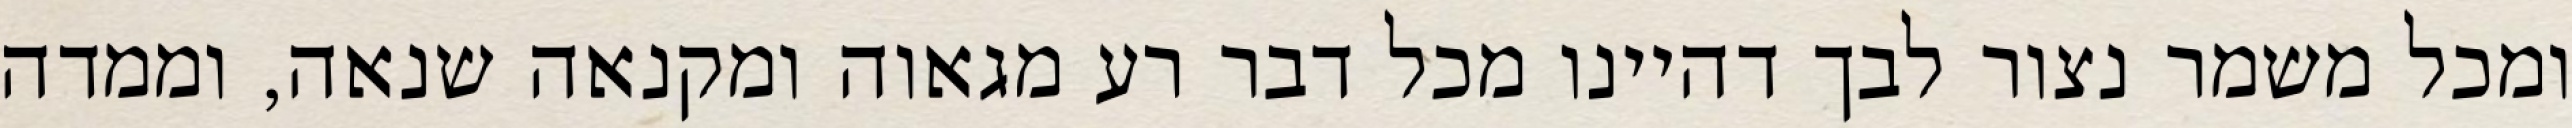
ומכל משמר נצור לבך דהיינו מכל דבר רע מגאוה ומקנאה שנאה, וממדה